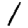
Digit: 1